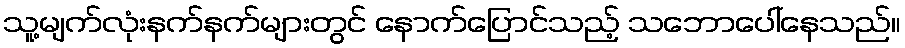
သူ့မျက်လုံးနက်နက်များတွင် နောက်ပြောင်သည့် သဘောပေါ်နေသည်။